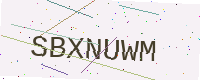
Text: SBXNUWM